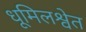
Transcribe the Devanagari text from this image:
धूमिलश्वेत